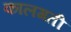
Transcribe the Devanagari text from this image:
कालगती